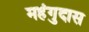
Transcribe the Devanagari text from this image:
महंगुदास